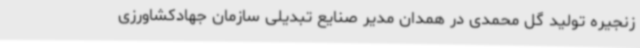
زنجیره تولید گل محمدی در همدان مدیر صنایع تبدیلی سازمان جهادکشاورزی